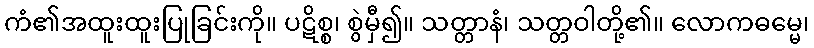
ကံ၏အထူးထူးပြုခြင်းကို။ ပဋိစ္စ၊ စွဲမှီ၍။ သတ္တာနံ၊ သတ္တဝါတို့၏။ လောကဓမ္မေ၊